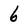
Character: 6